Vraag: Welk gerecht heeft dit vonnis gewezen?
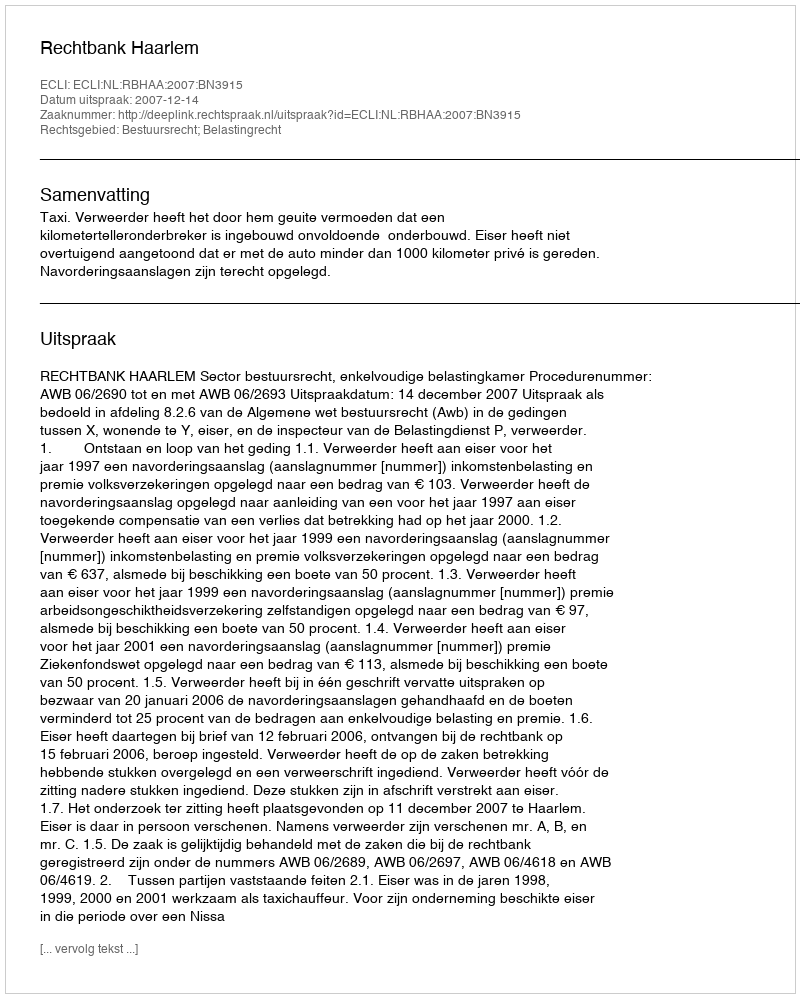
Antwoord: Rechtbank Haarlem